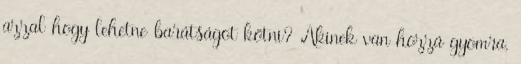
azzal hogy lehetne barátságot kötni? Akinek van hozzá gyomra,